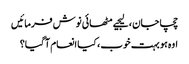
چچا جان ، لیجیے مٹھائی نوش فرمائیں
اوہ ہو بہت خوب ، کیا انعام آ گیا؟